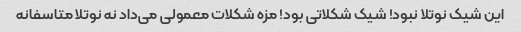
این شیک نوتلا نبود! شیک شکلاتی بود! مزه شکلات معمولی می‌داد نه نوتلا متاسفانه